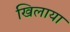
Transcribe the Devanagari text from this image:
खिलाया